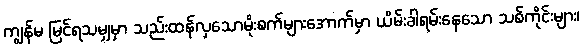
ကျွန်မ မြင်ရသမျှမှာ သည်းထန်လှသောမိုးစက်များအောက်မှာ ယိမ်းခါရမ်းနေသော သစ်ကိုင်းများ၊